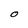
Character: O